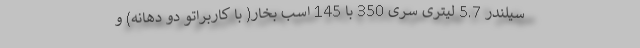
سیلندر 5.7 لیتری سری 350 با 145 اسب بخار( با کاربراتو دو دهانه) و